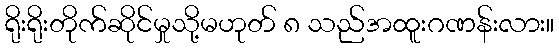
ရိုးရိုးတိုက်ဆိုင်မှုသို့မဟုတ် ၈ သည်အထူးဂဏန်းလား။